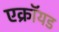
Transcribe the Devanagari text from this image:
एक्रॉयड